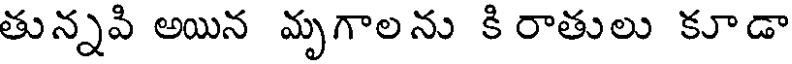
తున్నపి అయిన మృగాలను కి రాతులు కూడా